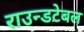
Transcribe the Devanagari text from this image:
राउन्डटेबल